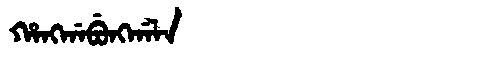
Manchu: ᡥᠠᠩᡤᠠᠪᡠᠩᡤᠠᠯᠠ
Romanization: HANGGABUNGGALA